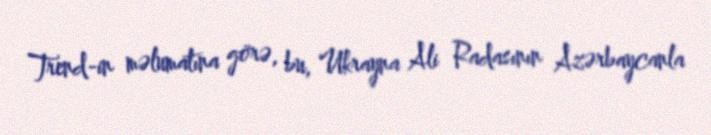
Trend-in məlumatına görə, bu, Ukrayna Ali Radasının Azərbaycanla